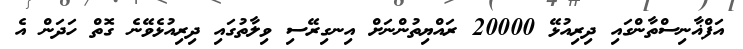
އަފްޣާނިސްތާންގައި ދިރިއުޅޭ 20000 ރައްޔިތުންނަށް އިނގިރޭސި ވިލާތުގައި ދިރިއުޅެވޭނެ ގޮތް ހަދަން އެ